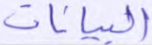
البيانات